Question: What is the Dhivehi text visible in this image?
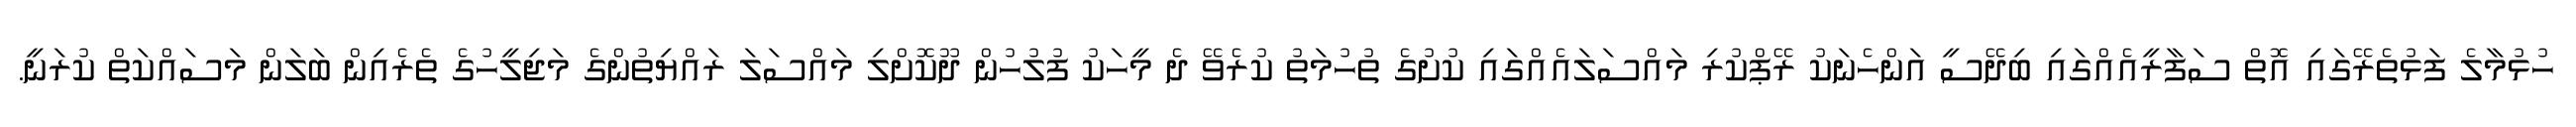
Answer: ހުޅުމާލެ ފަޅުތެރޭގައި އޮތް ސަފާރީއެއްގައި ބިދޭސީ އަންހެނަކު ރޭޕްކުރި މައްސަލައެއްގައި ކުށުގެ ތުހުމަތު ކުރެވޭ ދެ މީހަކު ފުލުހުން ދޫކޮށްލި މައްސަލަ ރައްޔިތުންގެ މަޖިލީހުގެ ތެރެއިން ބަލަން މަސައްކަތް ކުރަނީ.